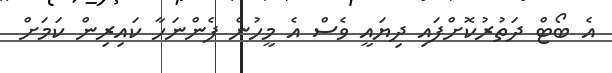
އެ ބޯޓް ދަތުރުކޮށްފައި ދިޔައީ ވެސް އެ މީހުން ފެންނަހާ ކައިރިން ކަމަށް